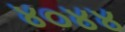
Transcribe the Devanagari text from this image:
४०४४